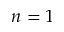
n = 1